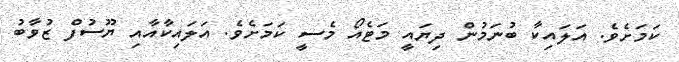
ކަމަށެވެ. އަލައިކާ ބުނަމުން ދިޔައީ މަޓެއޯ މެސީ ކަމަށެވެ. އަލައިކާއާއި ޔޫސުފް ޒުވާބު